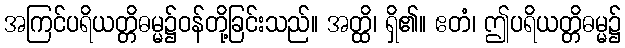
အကြင်ပရိယတ္တိဓမ္မ၌ဝန်တို့ခြင်းသည်။ အတ္ထိ၊ ရှိ၏။ ဧတံ၊ ဤပရိယတ္တိဓမ္မ၌